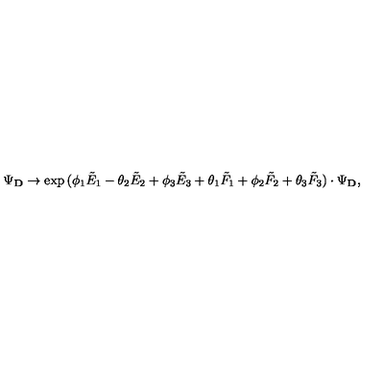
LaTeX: \Psi _ { \bf D } \rightarrow \exp { ( \phi _ { 1 } { \tilde { E } } _ { 1 } - \theta _ { 2 } { \tilde { E } } _ { 2 } + \phi _ { 3 } { \tilde { E } } _ { 3 } + \theta _ { 1 } { \tilde { F } } _ { 1 } + \phi _ { 2 } { \tilde { F } } _ { 2 } + \theta _ { 3 } { \tilde { F } } _ { 3 } ) } \cdot \Psi _ { \bf D } ,